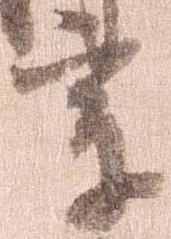
宗